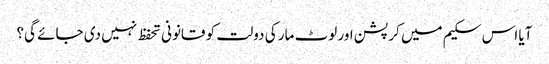
آیا اس سکیم میں کرپشن اور لوٹ مار کی دولت کو قانونی تحفظ نہیں دی جائے گی؟